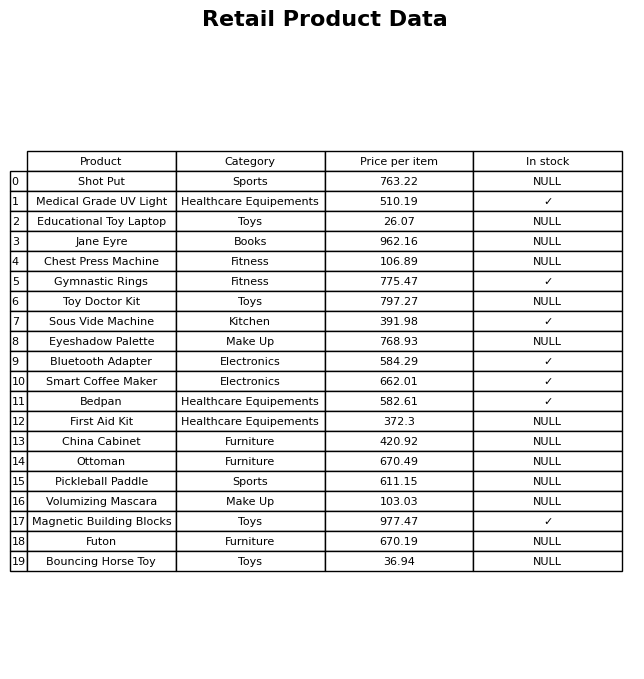
question: What is the price for Gymnastic Rings?
answer: The price of Gymnastic Rings is 775.47.